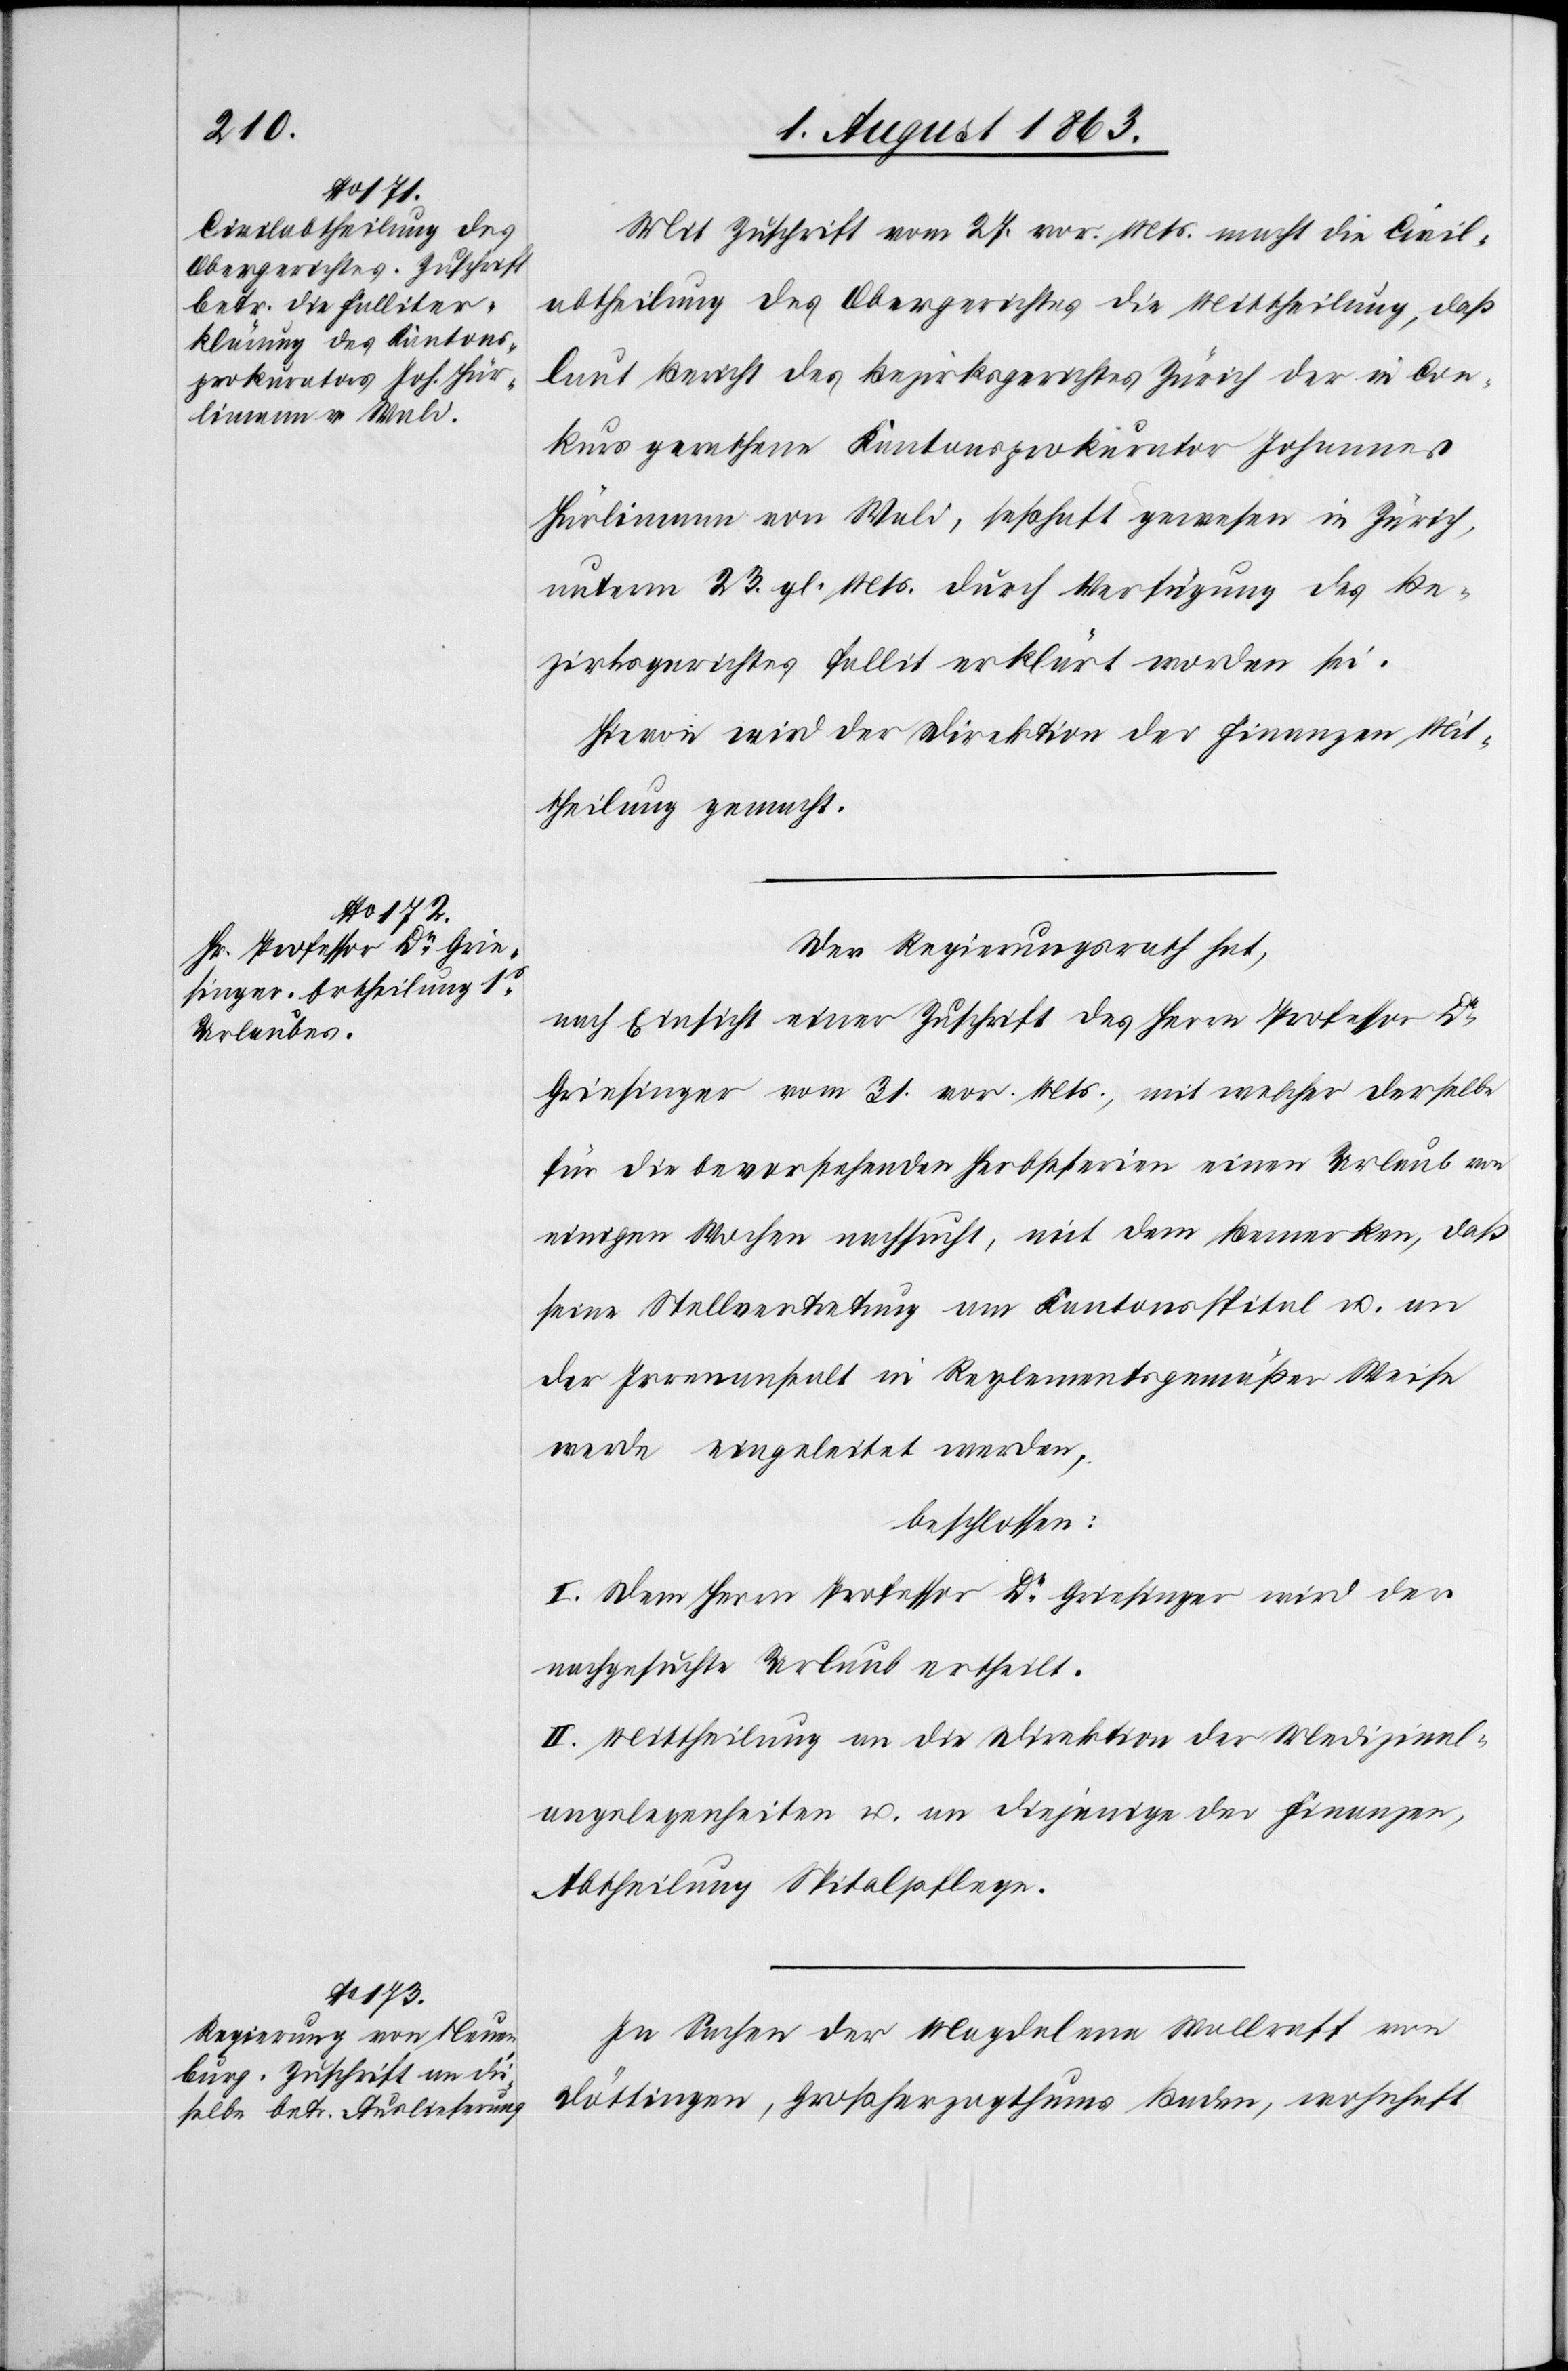
Mit Zuschrift vom 27. vor. Mts. macht die Civil¬
abtheilung des Obergerichtes die Mittheilung, daß
laut Bericht des Bezirksgerichtes Zürich der in Con¬
kurs gerathene Kantonsprokurator Johannes
Hürlimann von Wald, seßhaft gewesen in Zürich,
unterm 23. gl. Mts. durch Verfügung des Be¬
zirksgerichtes fallit erklärt worden sei.
Hievon wird der Direktion der Finanzen Mit¬
theilung gemacht.
Der Regierungsrath hat,
nach Einsicht einer Zuschrift des Herrn Professor Dr
Griesinger vom 31. vor. Mts., mit welcher derselbe
für die bevorstehenden Herbstferien einen Urlaub von
einigen Wochen nachsucht, mit dem Bemerken, daß
seine Stellvertretung am Kantonsspital u. an
der Irrenanstalt in Reglementsgemäßer Weise
werde eingeleitet werden,
beschlossen:
I. Dem Herrn Professor Dr Griesinger wird der
nachgesuchte Urlaub ertheilt.
II. Mittheilung an die Direktion der Medizinal¬
angelegenheiten u. an diejenige der Finanzen,
Abtheilung Spitalpflege.
In Sachen der Magdalena Wallraff von
Döttingen, Großherzogthums Baden, wohnhaft